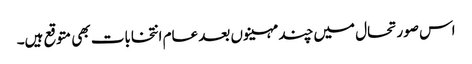
اس صورتحال میں چند مہینوں بعد عام انتخابات بھی متوقع ہیں۔